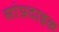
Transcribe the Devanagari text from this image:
सांप्रदाइक